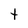
Character: t